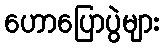
ဟောပြောပွဲများ